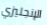
الإنجليزي